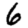
Digit: 6